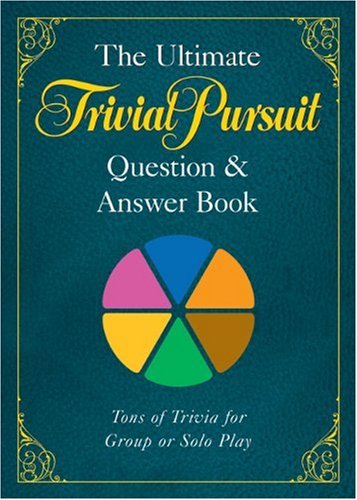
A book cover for The Ultimate TRIVIAL PURSUITÂ® Question & Answer Book; Humor & Entertainment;